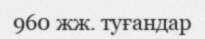
960 жж. туғандар